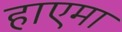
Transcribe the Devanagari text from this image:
हाएमा